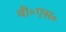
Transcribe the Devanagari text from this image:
वी॰एस॰